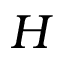
H